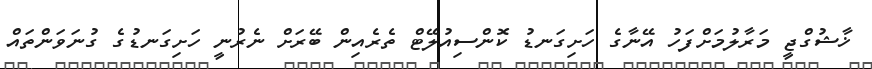
ޚާޝުގްޖީ މަރާލުމަށްފަހު އޭނާގެ ހަށިގަނޑު ކޮންސިއުލޭޓް ތެރެއިން ބޭރަށް ނެރުނީ ހަށިގަނޑުގެ ގުނަވަންތައް